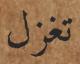
تغزل